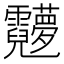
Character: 𬰖